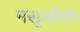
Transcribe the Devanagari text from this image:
मसुओका